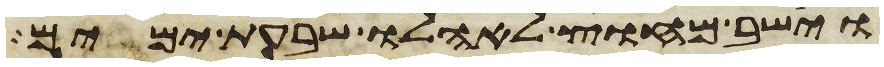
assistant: וישב מחוץ לאהלו שבעת ימים